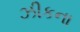
ઝીકના